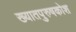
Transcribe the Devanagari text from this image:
ख्यातपुरुषकोश